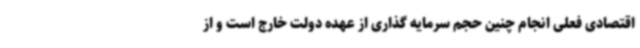
اقتصادی فعلی انجام چنین حجم سرمایه گذاری از عهده دولت خارج است و از